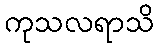
ကုသလရာသိ